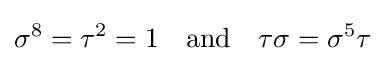
\sigma ^{8}=\tau ^{2}=1\quad {\text{and}}\quad \tau \sigma =\sigma ^{5}\tau